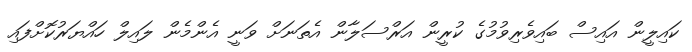
ކައިލީން އައިސް ބައިވެރިވުމުގެ ކުރީން އަރްސަލާން އެތަނަށް ވަނީ އެންމެން ލައިލް ހައްޔަރުކޮށްފައި